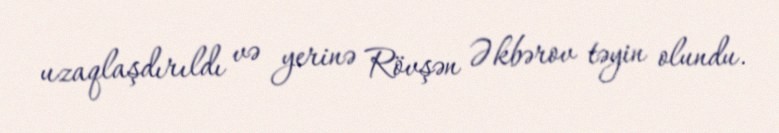
uzaqlaşdırıldı və yerinə Rövşən Əkbərov təyin olundu.